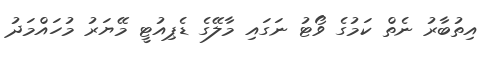
އިތުބާރު ނެތް ކަމުގެ ވޯޓު ނަގައި މާލޭގެ ޑެޕިއުޓީ މޭޔަރު މުހައްމަދު